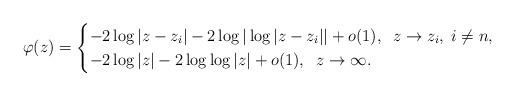
LaTeX: \begin{align*} \varphi(z)=\begin{cases}-2\log|z-z_{i}|-2\log|\log|z-z_{i}||+ o(1),\;\;z\rightarrow z_{i},\; i\neq n,\\-2\log|z|-2\log\log|z| +o(1),\;\;z\rightarrow\infty.\end{cases}\end{align*}